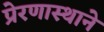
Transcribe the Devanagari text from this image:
प्रेरणास्थाने